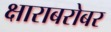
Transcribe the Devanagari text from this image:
क्षाराबरोबर